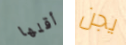
أقلها يجن